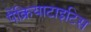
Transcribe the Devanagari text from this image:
पैंक्रियाटाइटिस